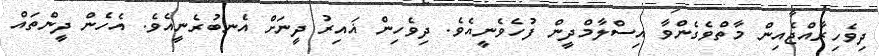
ދިވެހިރާއްޖެއިން މާތްވެގެންވާ އިސްލާމްދީން ފުހެވެނީއެވެ. ދިވެހިން ޣައިރު ދީނަށް އެނބުރެނީއެވެ. އެހެން ދީންތައް